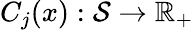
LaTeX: C_{j}(x):\mathcal S\to\mathbb{R}_{+}